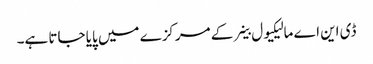
ڈی این اے مالیکیول خلیے کے مرکزے میں پایا جاتا ہے۔